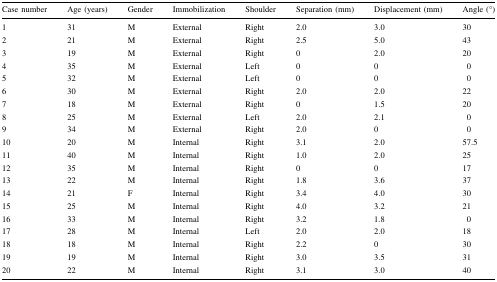
<table><thead><tr><td><b>Case number</b></td><td><b>Age (years)</b></td><td><b>Gender</b></td><td><b>Immobilization</b></td><td><b>Shoulder</b></td><td><b>Separation (mm)</b></td><td><b>Displacement (mm)</b></td><td><b>Angle (°)</b></td></tr></thead><tbody><tr><td>1</td><td>31</td><td>M</td><td>External</td><td>Right</td><td>2.0</td><td>3.0</td><td>30</td></tr><tr><td>2</td><td>21</td><td>M</td><td>External</td><td>Right</td><td>2.5</td><td>5.0</td><td>43</td></tr><tr><td>3</td><td>19</td><td>M</td><td>External</td><td>Right</td><td>0</td><td>2.0</td><td>20</td></tr><tr><td>4</td><td>35</td><td>M</td><td>External</td><td>Left</td><td>0</td><td>0</td><td>0</td></tr><tr><td>5</td><td>32</td><td>M</td><td>External</td><td>Left</td><td>0</td><td>0</td><td>0</td></tr><tr><td>6</td><td>30</td><td>M</td><td>External</td><td>Right</td><td>2.0</td><td>2.0</td><td>22</td></tr><tr><td>7</td><td>18</td><td>M</td><td>External</td><td>Right</td><td>0</td><td>1.5</td><td>20</td></tr><tr><td>8</td><td>25</td><td>M</td><td>External</td><td>Left</td><td>2.0</td><td>2.1</td><td>0</td></tr><tr><td>9</td><td>34</td><td>M</td><td>External</td><td>Right</td><td>2.0</td><td>0</td><td>0</td></tr><tr><td>10</td><td>20</td><td>M</td><td>Internal</td><td>Right</td><td>3.1</td><td>2.0</td><td>57.5</td></tr><tr><td>11</td><td>40</td><td>M</td><td>Internal</td><td>Right</td><td>1.0</td><td>2.0</td><td>25</td></tr><tr><td>12</td><td>35</td><td>M</td><td>Internal</td><td>Right</td><td>0</td><td>0</td><td>17</td></tr><tr><td>13</td><td>22</td><td>M</td><td>Internal</td><td>Right</td><td>1.8</td><td>3.6</td><td>37</td></tr><tr><td>14</td><td>21</td><td>F</td><td>Internal</td><td>Right</td><td>3.4</td><td>4.0</td><td>30</td></tr><tr><td>15</td><td>25</td><td>M</td><td>Internal</td><td>Right</td><td>4.0</td><td>3.2</td><td>21</td></tr><tr><td>16</td><td>33</td><td>M</td><td>Internal</td><td>Right</td><td>3.2</td><td>1.8</td><td>0</td></tr><tr><td>17</td><td>28</td><td>M</td><td>Internal</td><td>Left</td><td>2.0</td><td>2.0</td><td>18</td></tr><tr><td>18</td><td>18</td><td>M</td><td>Internal</td><td>Right</td><td>2.2</td><td>0</td><td>30</td></tr><tr><td>19</td><td>19</td><td>M</td><td>Internal</td><td>Right</td><td>3.0</td><td>3.5</td><td>31</td></tr><tr><td>20</td><td>22</td><td>M</td><td>Internal</td><td>Right</td><td>3.1</td><td>3.0</td><td>40</td></tr></tbody></table>